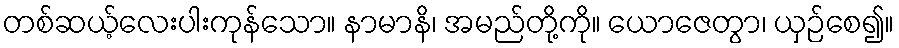
တစ်ဆယ့်လေးပါးကုန်သော။ နာမာနိ၊ အမည်တို့ကို။ ယောဇေတွာ၊ ယှဉ်စေ၍။